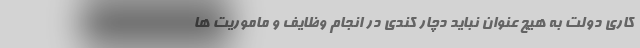
کاری دولت به هیچ عنوان نباید دچار کندی در انجام وظایف و ماموریت ها